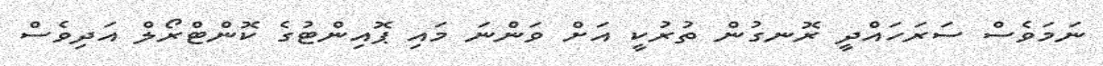
ނަމަވެސް ސަރަހައްދީ ރޮނގުން ތުރުކީ އަށް ވަންނަ މައި ޕޮއިންޓުގެ ކޮންޓްރޯލް އަދިވެސް